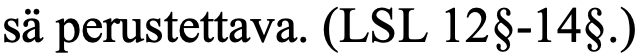
sä perustettava. (LSL 12§-14§.)